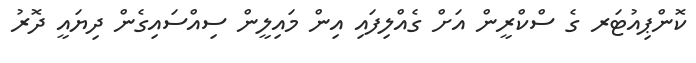
ކޮންޕިއުޓަރ ގެ ސްކްރީން އަށް ގެއްލިފައި އިން މައިލީން ސިއްސައިގެން ދިޔައީ ދޮރު